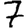
Digit: 7